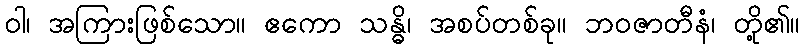
ဝါ၊ အကြားဖြစ်သော။ ဧကော သန္ဓိ၊ အစပ်တစ်ခု။ ဘဝဇာတီနံ၊ တို့၏။